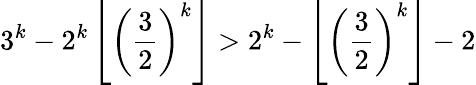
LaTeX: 3^{k}-2^{k}\left\lfloor\left({\frac{3}{2}}\right)^{k}\right\rfloor>2^{k}-\left\lfloor\left({\frac{3}{2}}\right)^{k}\right\rfloor-2